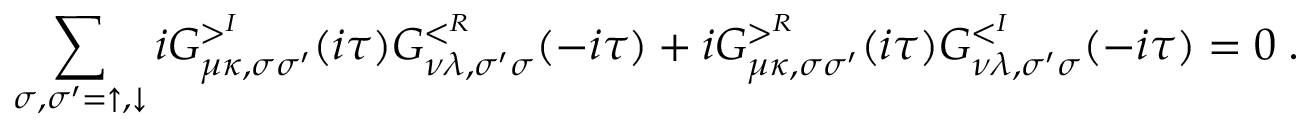
\sum _ { \sigma , \sigma ^ { \prime } = \uparrow , \downarrow } i G _ { \mu \kappa , \sigma \sigma ^ { \prime } } ^ { > ^ { I } } ( i \tau ) G _ { \nu \lambda , \sigma ^ { \prime } \sigma } ^ { < ^ { R } } ( - i \tau ) + i G _ { \mu \kappa , \sigma \sigma ^ { \prime } } ^ { > ^ { R } } ( i \tau ) G _ { \nu \lambda , \sigma ^ { \prime } \sigma } ^ { < ^ { I } } ( - i \tau ) = 0 \; .